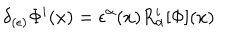
\delta _ { ( \epsilon ) } \Phi ^ { i } ( x ) = \epsilon ^ { \alpha } ( x ) R _ { \alpha } ^ { i } [ \Phi ] ( x )